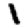
Digit: 1